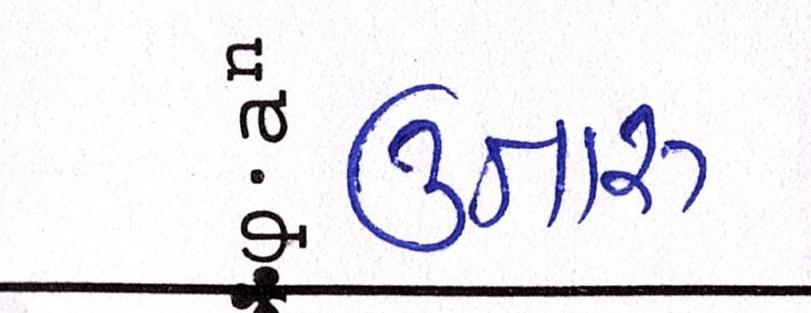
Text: ઉતારુ